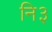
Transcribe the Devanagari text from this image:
नि३